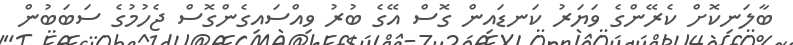
ބާލަނިކޮށް ކެރޭންގެ ވަޔަރު ކަނޑައިން ގޮސް އޭގެ ބުރު ވިއްސައިގެންގޮސް ޖެހުމުގެ ސަބަބުން